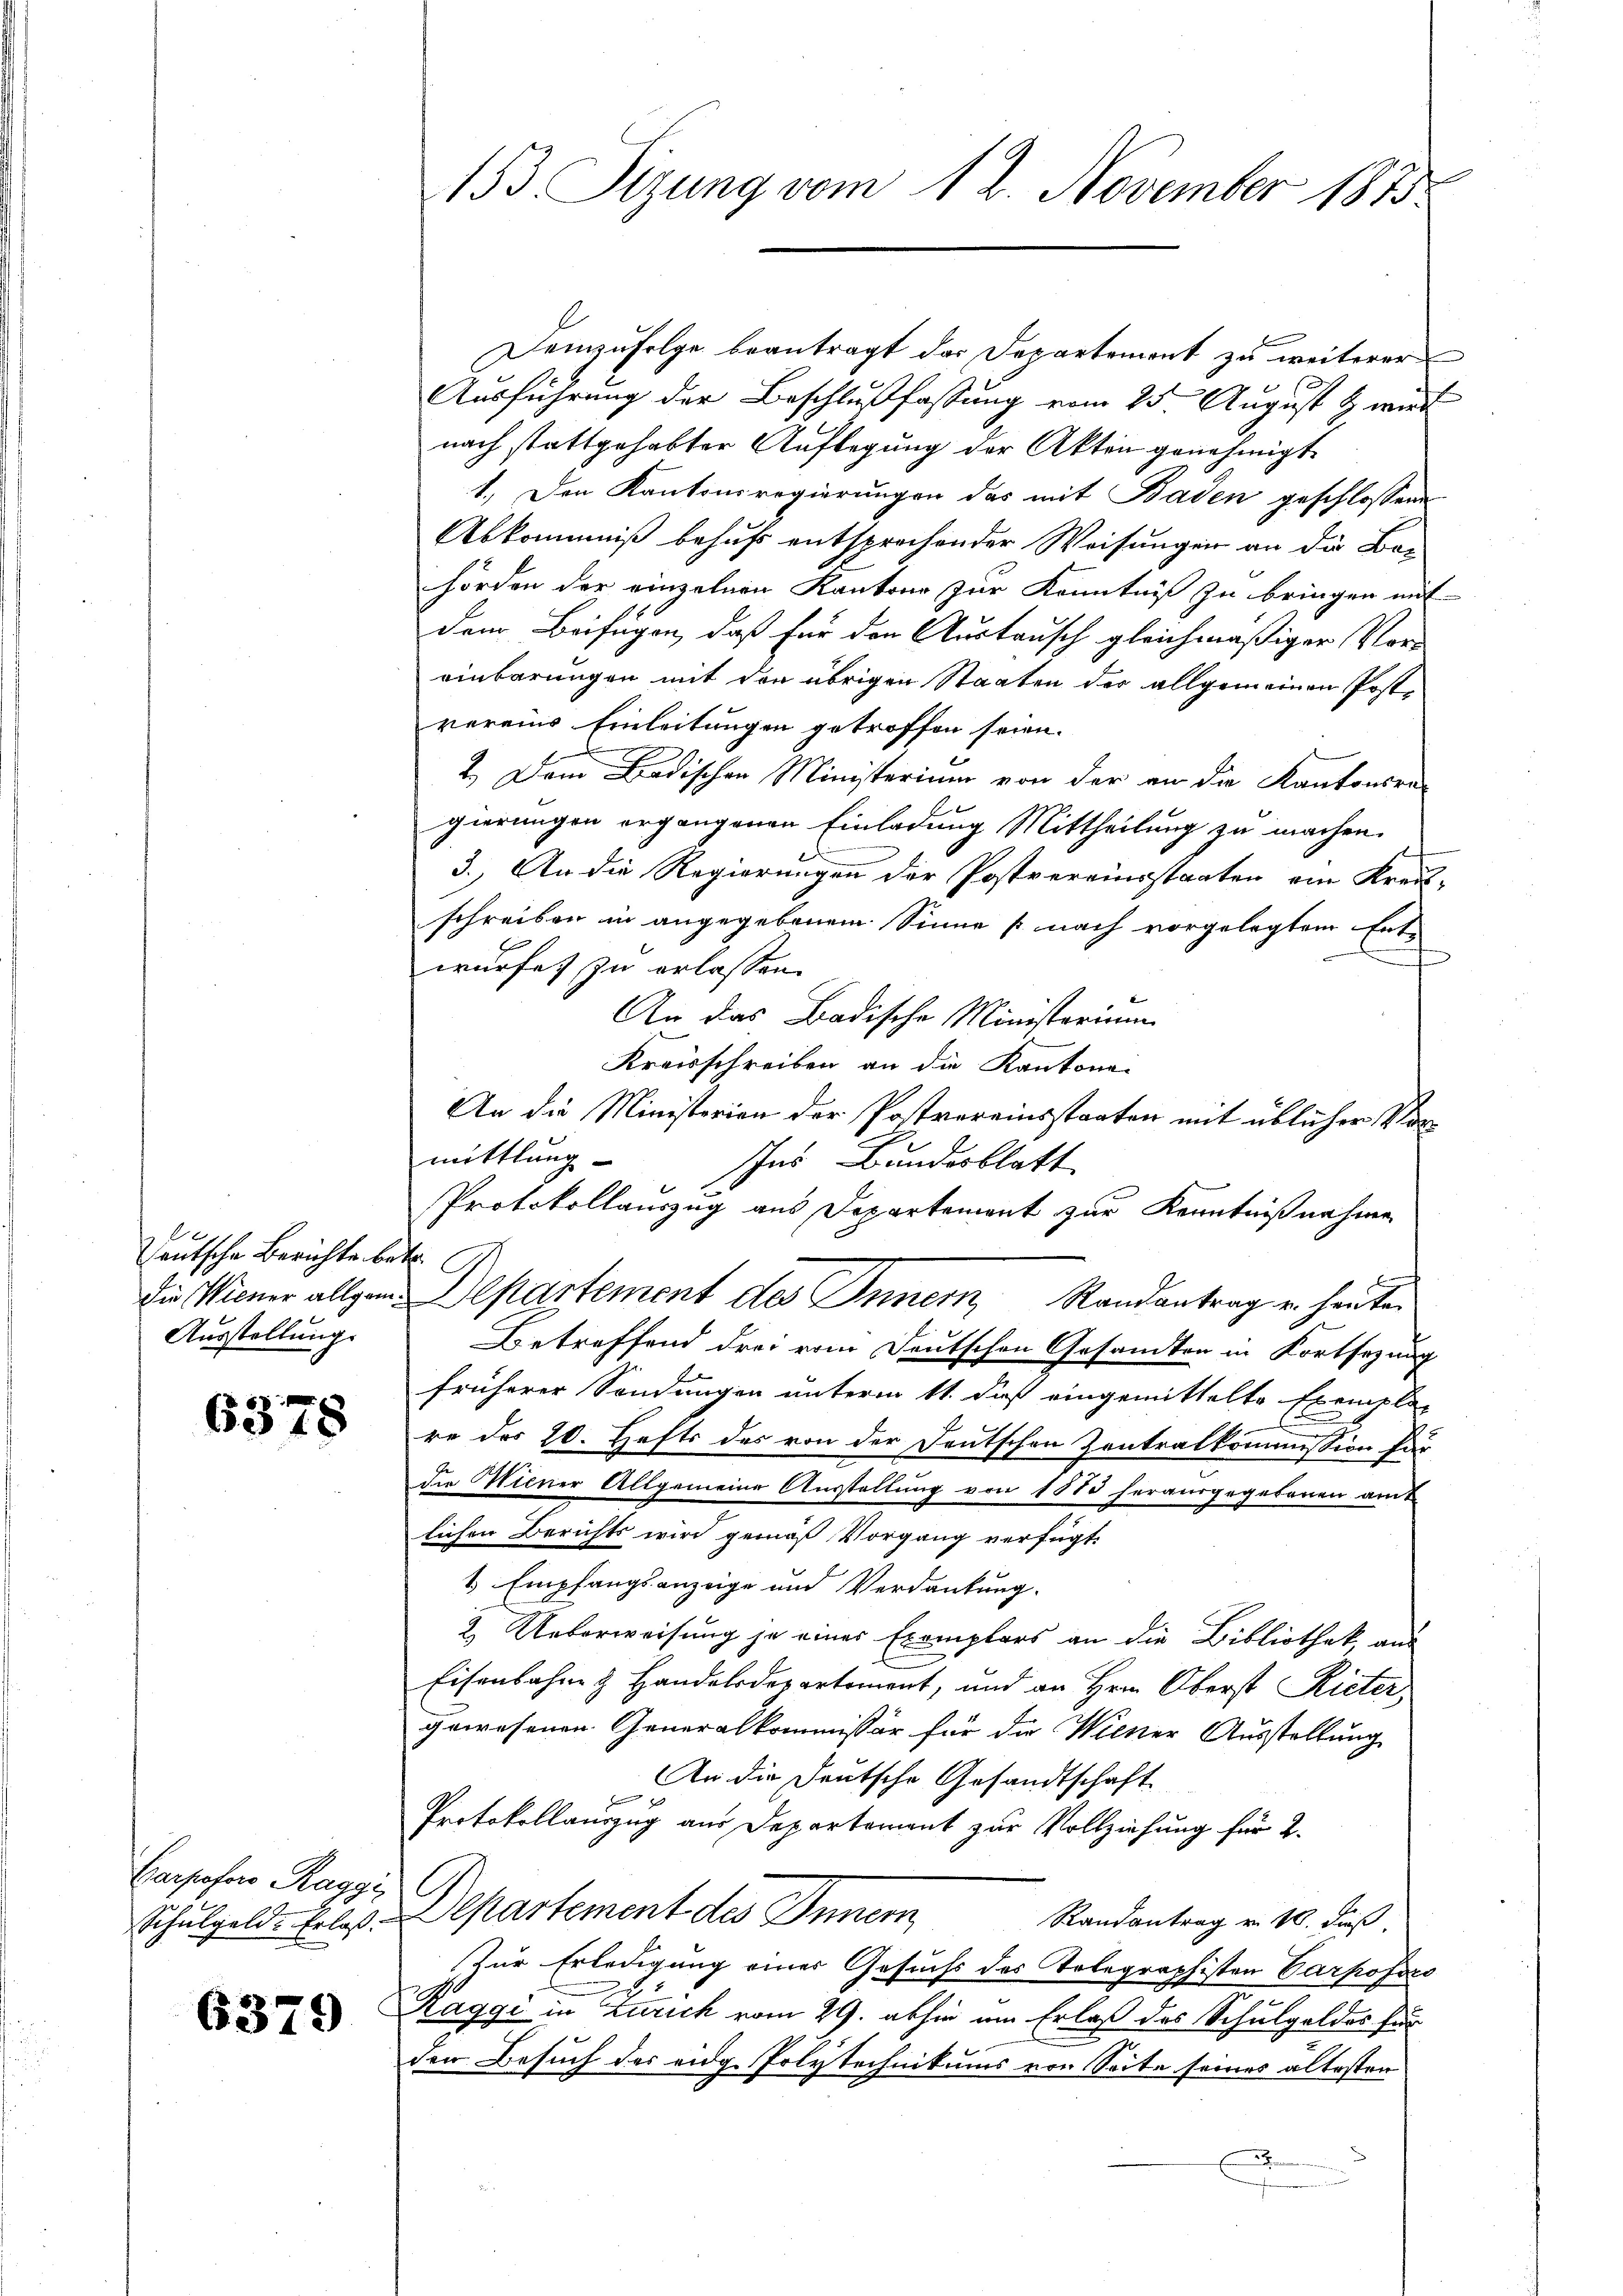
Teutsche Berichte be¬
Ausstellung.

6378

Carposer Raggi
Schulgeld. Erlaß

6379

153. Sizung vom 12. November 1873.

Demzufolge beantragt das Departement zu weiterer
Ausführung der Beschlußfassung vom 25. August & wird
nach stattgehabter Auflegung der Akten genehmigt
1. Den Kantonsregierungen das mit Baden geschlossene
Abkommniß behufs entsprochender Weisungen an die Bohörden der einzelnen Kantone zur Kenntniß zu bringen mit
dem Beifügen, daß für den Austausch gleichmäßiger Vor-
einbarungen mit der übrigen Staaten der allgemeinen Postvereins Einleitungen getroffen seien.
2. Dem Badischen Ministerium von der an die Kantonsra-
gierungen ergangenen Einladung Mittheilung zu machen.
3.) An die Regierungen der Postvereinsstaaten ein Kreis-
schreiben in angegebenem Sinne nach vorgelegtem Entwurfes zu erlassen.
An das Badische Ministerium
Kreisschreiben an die Kantone
An die Ministerien der Postvereinsstaaten mit üblicher Vor
mittlung
Ins Bundesblatt
Protokollauszug aus Departement zur Kenntnißnahme
f
die Miener allgem. Departement des Inner, Randantrag u. heute
Betreffend drei vom Deutschen Gesandten in Fortsezung
früherer Sondungen unterm 11. daß eingemittelte Exempla-
re des 20. Hefts des von der Deutschen Zentralkommission für
die Miener Allgemeine Ausstellung von 1880 herausgegebenen amt
lichen Berichts wird gemäß Vorgang verfügt:
1 Empfangsanzeige und Verdankung.
2. Ueberweisung je eines Exemplars an die Bibliothek aus
Eisenbahne & Handelsdepartement, und an Hrn. Oberst Rieter
gewesenen Generalkommissär für die Wiener Ausstellung
An die Deutsche Gesandtschaft
Protokollauszug aus Departement zur Vollziehung für 2.
Departement des Innern
Randantrag v. 18. dieß.
Zur Erledigung einer Gesuchs des Telegraphisten Carpofoco
Raggi in Zürich vom 29. abhin um Erlaß des Schulgeldes für
den Besuch des eidg. Polytechnikums von Seite seines ältesten
A